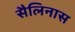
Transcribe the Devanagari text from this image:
सैलिनास